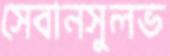
সেবানসুলভ